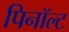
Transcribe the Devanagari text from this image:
पिनॉल्ट